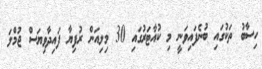
ހިސާބު ތަކުގައި ބުނެފައިވަނީ މި ކުއާޓަރުގައި 30 މިލިއަން ރުފިޔާ ފައިދާވިޔަސް ޖުމްލަ